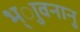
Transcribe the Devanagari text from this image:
भ्ाुवनानु